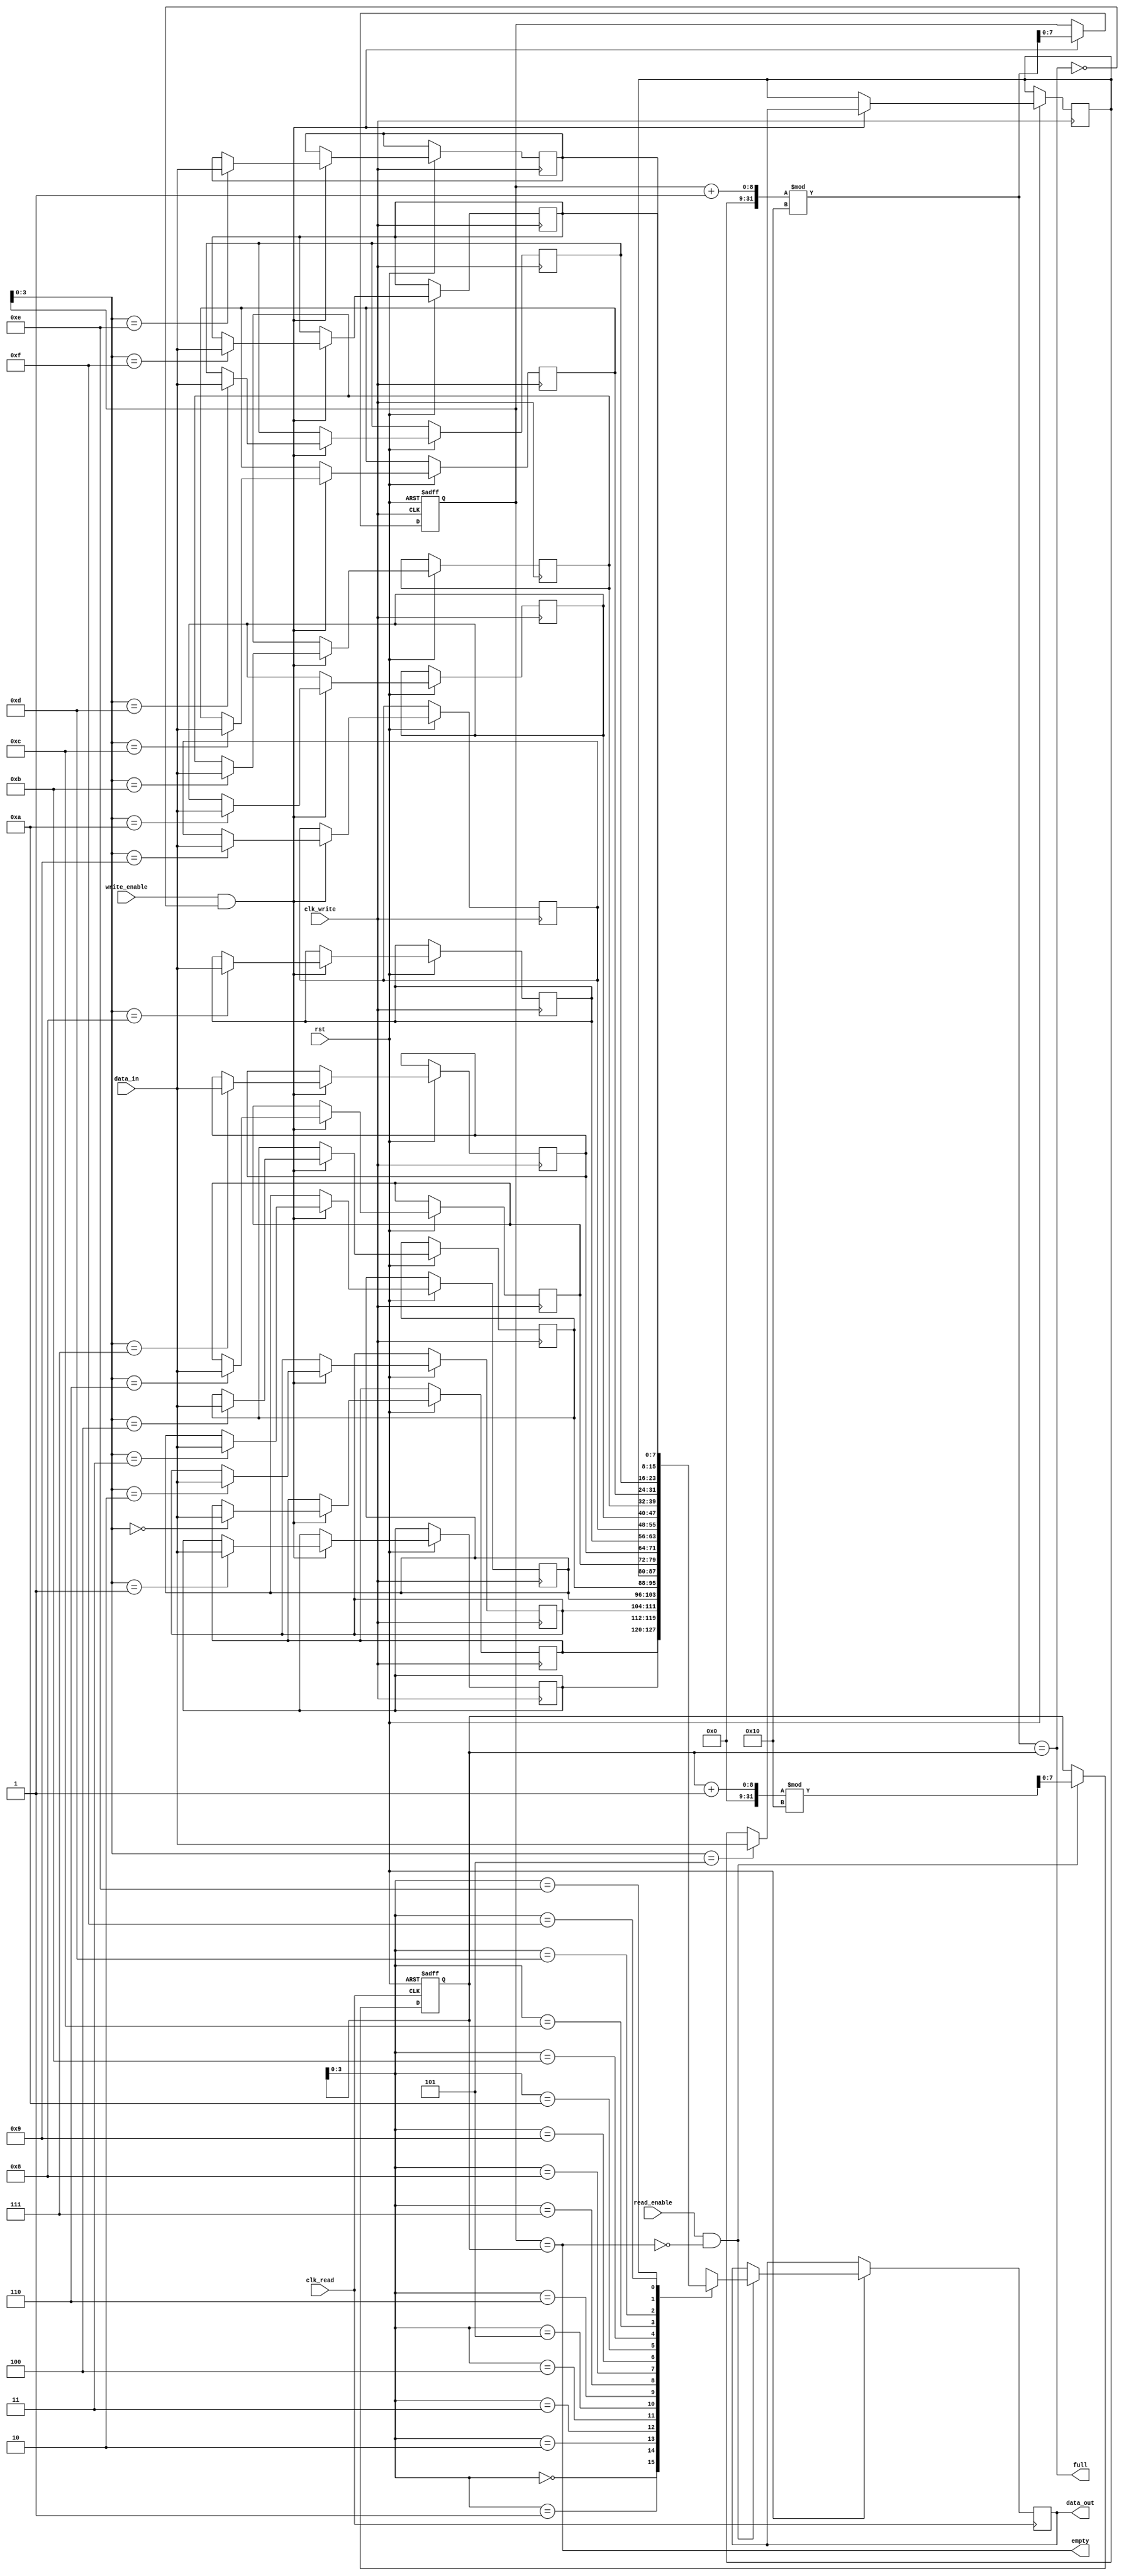
module fifo_buffer (
  input wire clk_write,
  input wire clk_read,
  input wire rst,
  input wire write_enable,
  input wire read_enable,
  input wire [DATA_WIDTH-1:0] data_in,
  output reg [DATA_WIDTH-1:0] data_out,
  output wire full,
  output wire empty
);

parameter DATA_WIDTH = 8;
parameter FIFO_DEPTH = 16;

reg [DATA_WIDTH-1:0] fifo [0:FIFO_DEPTH-1];
reg [DATA_WIDTH-1:0] read_pointer;
reg [DATA_WIDTH-1:0] write_pointer;

assign full = ((write_pointer + 1) % FIFO_DEPTH) == read_pointer;
assign empty = write_pointer == read_pointer;

always @(posedge clk_write or negedge rst) begin
  if (!rst) begin
    write_pointer <= 0;
  end else if (write_enable && !full) begin
    fifo[write_pointer] <= data_in;
    write_pointer <= (write_pointer + 1) % FIFO_DEPTH;
  end
end

always @(posedge clk_read or negedge rst) begin
  if (!rst) begin
    read_pointer <= 0;
  end else if (read_enable && !empty) begin
    data_out <= fifo[read_pointer];
    read_pointer <= (read_pointer + 1) % FIFO_DEPTH;
  end
end

endmodule